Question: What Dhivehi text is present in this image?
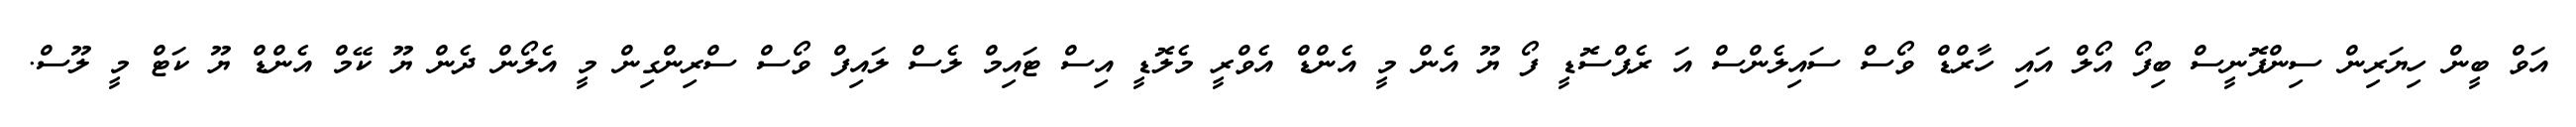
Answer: އަވް ބީން ހިޔަރިން ސިންފޮނީސް ބިފޯ އޯލް އައި ހާރްޑް ވޯސް ސައިލެންސް އަ ރެޕްސޮޑީ ފޯ ޔޫ އެން މީ އެންޑް އެވްރީ މެލޮޑީ އިސް ޓައިމް ލެސް ލައިފް ވޯސް ސްރިންގިން މީ އެލޯން ދެން ޔޫ ކޭމް އެންޑް ޔޫ ކަޓް މީ ލޫސް.